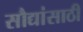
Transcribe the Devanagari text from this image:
सौद्यांसाठी